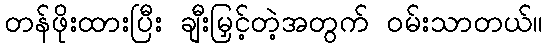
တန်ဖိုးထားပြီး ချီးမြှင့်တဲ့အတွက် ဝမ်းသာတယ်။